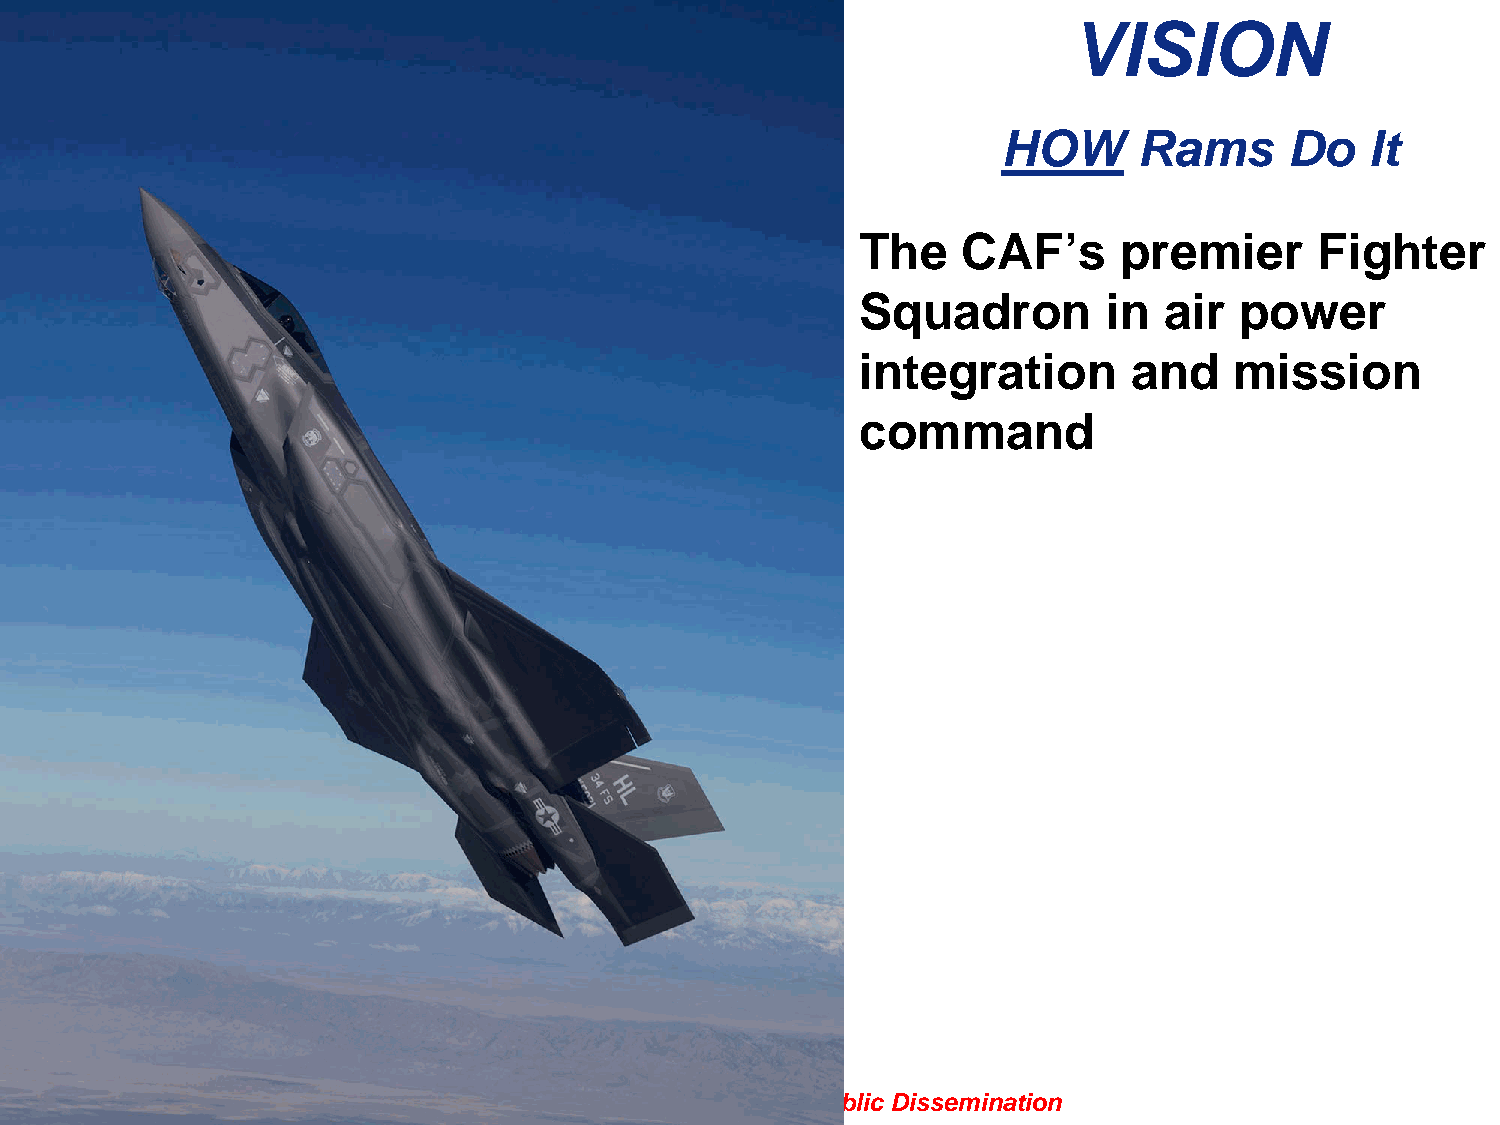
VISION
 HOW      Rams      Do    It
 The    CAF’s     premier      Fighter
 Squadron        in  air  power
 integration       and    mission
 command
 FFOOUUOO –– PPrree--DDeecciissiioonnaall NNoott ffoorr PPuubblliicc DDiisssseemmiinnaattiioonn